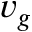
v _ { g }